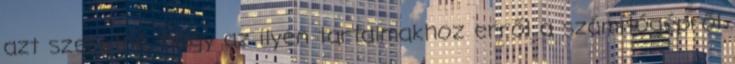
azt szeretné, hogy az ilyen tartalmakhoz erről a számítógépről